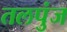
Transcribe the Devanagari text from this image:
तलपुंज